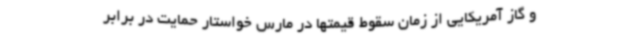
و گاز آمریکایی از زمان سقوط قیمتها در مارس خواستار حمایت در برابر